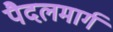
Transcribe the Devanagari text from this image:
पैदलमार्ग